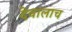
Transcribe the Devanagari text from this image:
देवालाच